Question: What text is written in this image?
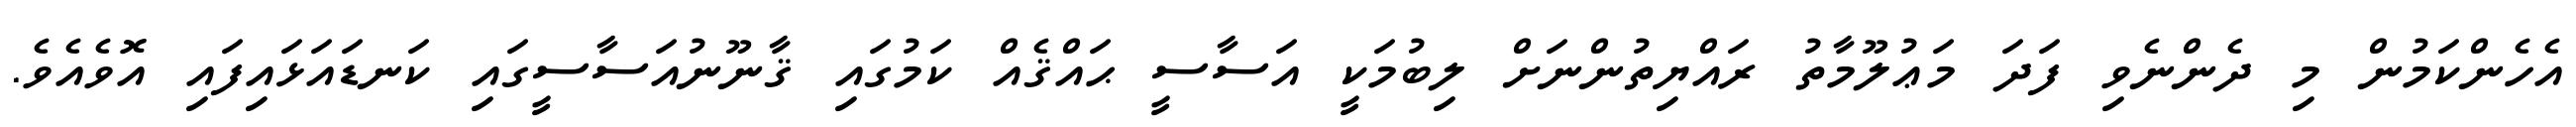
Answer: އެހެންކަމުން މި ދެންނެވި ފަދަ މަޢުލޫމާތު ރައްޔިތުންނަށް ލިބުމަކީ އަސާސީ ޙައްޤެއް ކަމުގައި ޤާނޫނުއަސާސީގައި ކަނޑައަޅައިފައި އޮވެއެވެ.